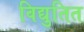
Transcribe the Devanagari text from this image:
विद्युतित